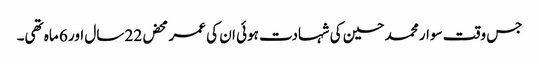
جس وقت سوار محمد حسین کی شہادت ہوئی ان کی عمر محض 22 سال اور 6 ماہ تھی۔